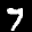
Label: 7